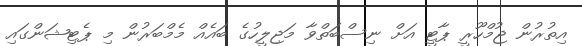
އިތުރުން ޖުމްހޫރީ ޕާޓީ އަށް ނިސްބަތްވާ މަޖިލީހުގެ ބައެއް މެމްބަރުން މި ޕެޓިޝަންގައި